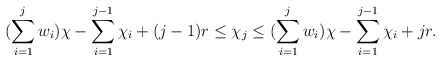
\begin{align*}(\sum\limits_{i =1}^{j} w_i) \chi - \sum\limits_{i=1}^{j-1} \chi_i +(j-1) r \leq \chi_j \leq (\sum\limits_{i =1}^{j} w_i) \chi - \sum\limits_{i=1}^{j-1} \chi_i + j r.\end{align*}